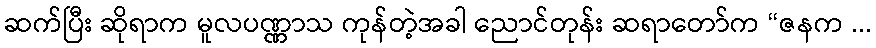
ဆက်ပြီး ဆိုရာက မူလပဏ္ဏာသ ကုန်တဲ့အခါ ညောင်တုန်း ဆရာတော်က “ဇနက ...